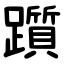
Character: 躓